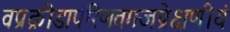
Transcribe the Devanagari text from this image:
वप्रक्रीडापरिणतगजप्रेक्षणीयं